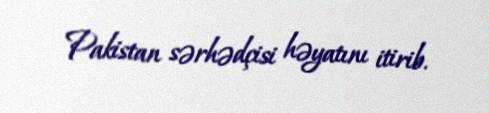
Pakistan sərhədçisi həyatını itirib.